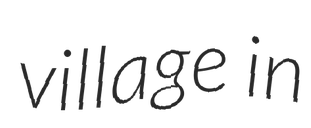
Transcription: village in